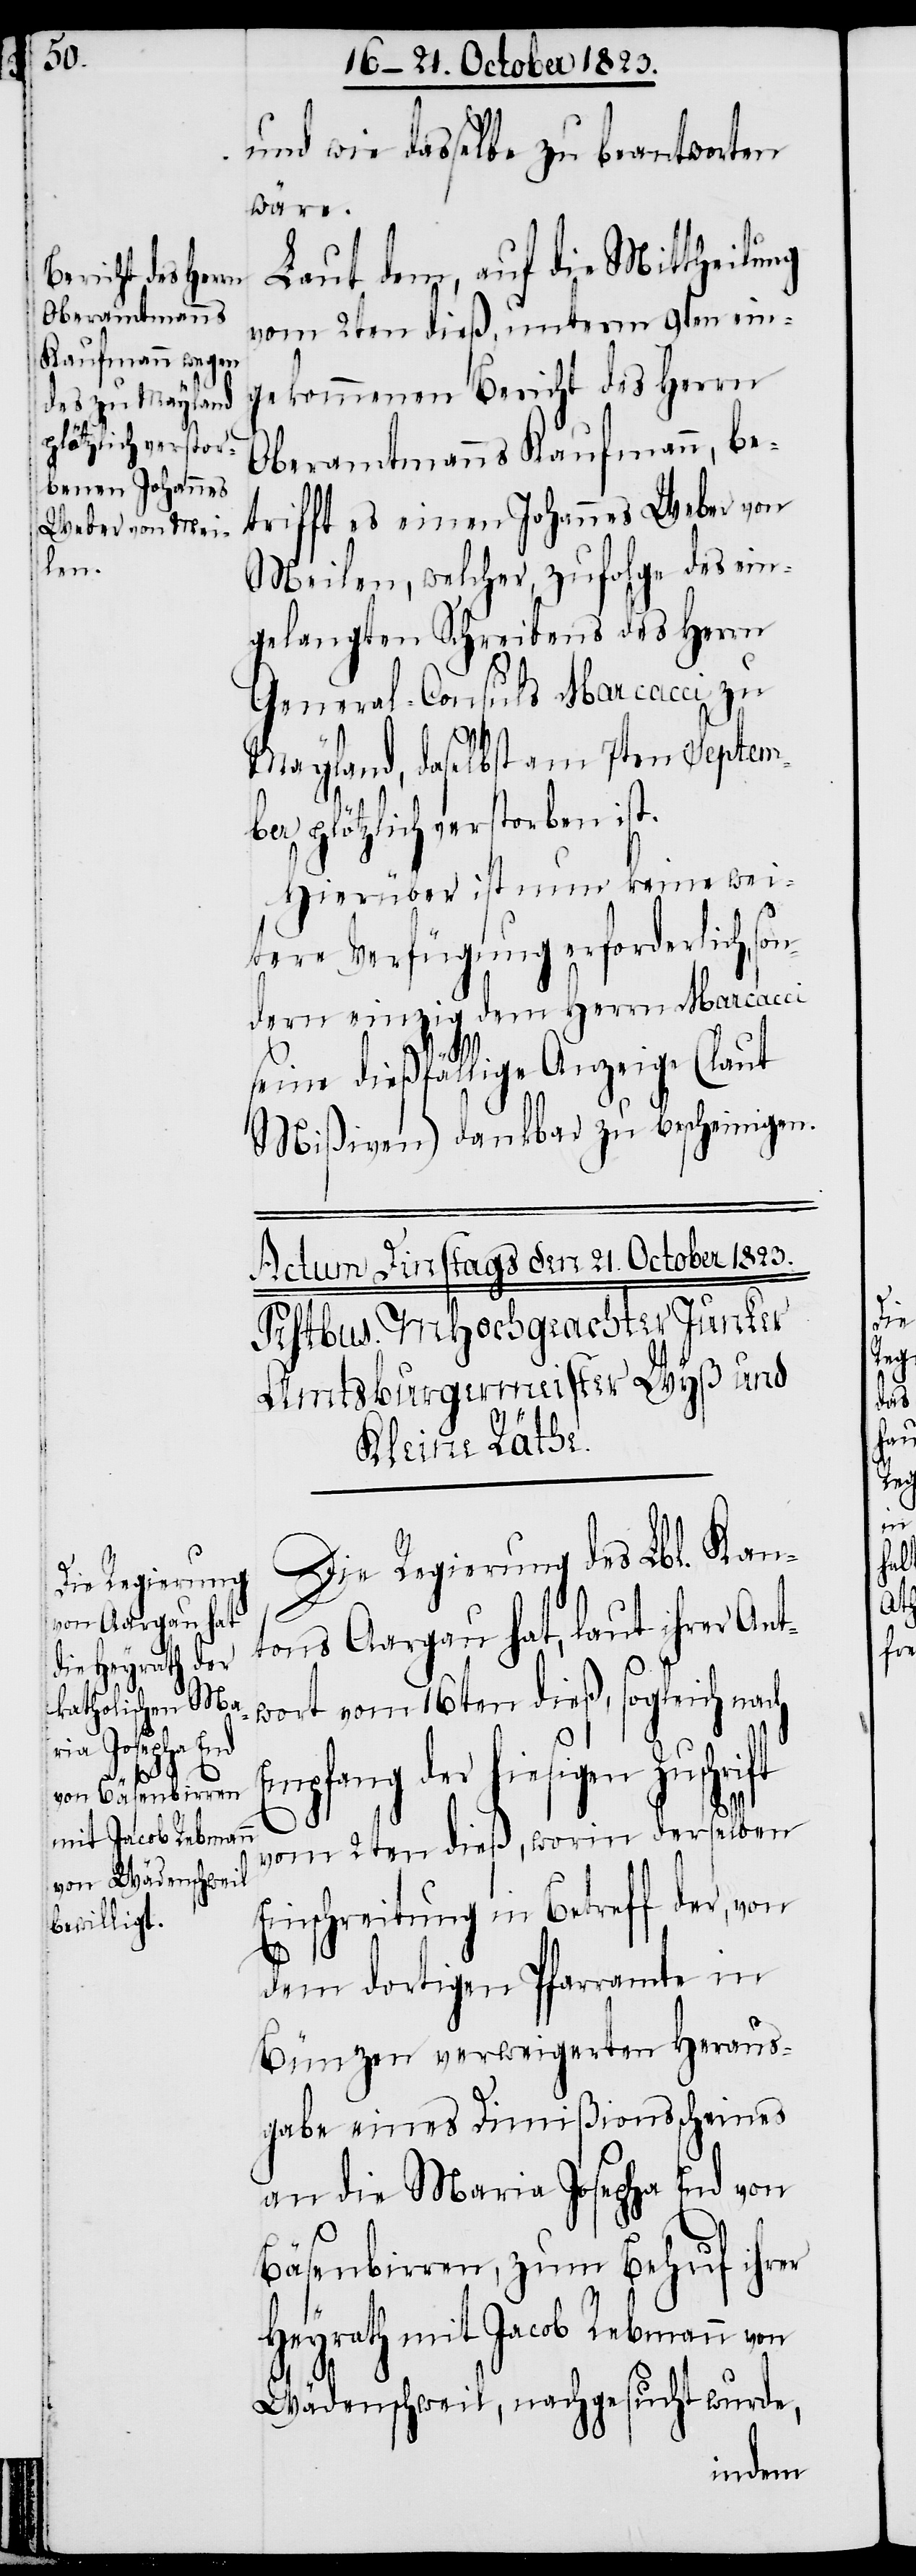
und wie dasselbe zu beantworten
wäre.
Laut dem, auf die Mittheilung
vom 2ten dieß, unterm 9ten ein¬
gekommenen Bericht des Herrn
Oberamtmanns Kaufmann, be¬
trifft es einen Johannes Weber von
Meilen, welcher, zufolge des ein¬
gelangten Schreibens des Herrn
General-Consuls Marcacci zu
Mayland, daselbst am 7ten Septem¬
ber plötzlich verstorben ist.
Hierüber ist nun keine wei¬
tere Verfügung erforderlich, so¬
ndern einzig dem Herrn Marcacci
seine dießfällige Anzeige (laut
Mißiven) dankbar zu bescheinigen.
Die Regierung des Lbl. Kan¬
tons Aargau hat, laut ihrer Ant¬
wort vom 16ten dieß, sogleich nach
Empfang der hiesigen Zuschrift
vom 2ten dieß, worin derselben
Einschreitung in Betreff der, von
dem dortigen Pfarramte in
Bünzen verweigerten Heraus¬
gabe eines Dimißionsscheines
an die Maria Josepha End von
Bäsenbirren, zum Behuf ihrer
Heyrath mit Jacob Rebmann von
Wädenschweil, nachgesucht wurde,